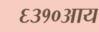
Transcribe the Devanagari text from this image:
६३१०आय